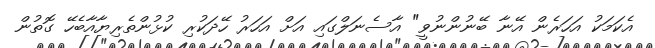
އެކަމަކު އަހަރެން އޭނާ ބޭނުންނުވީ" އާސެނަލްގައި އަށް އަހަރު ހޭދަކުރި ކުޅުންތެރިޔާއާބެހޭ ގޮތުން